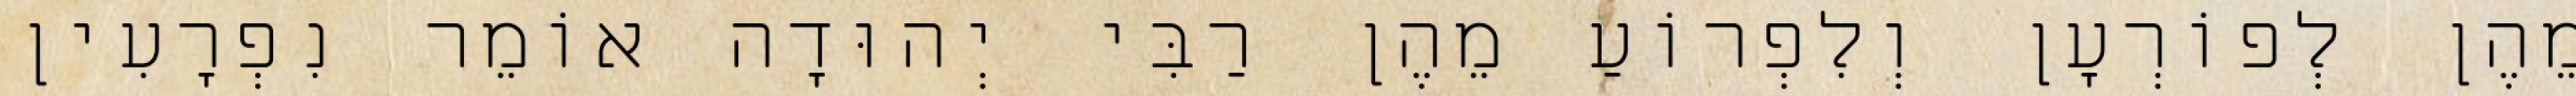
מֵהֶן לְפוֹרְעָן וְלִפְרוֹעַ מֵהֶן רַבִּי יְהוּדָה אוֹמֵר נִפְרָעִין